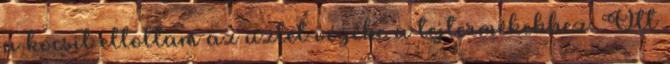
a kocsit eltoltam az üzlet végébe a tejtermékekhez. Ott